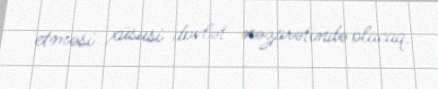
etməsi xüsusi dövlət nəzarətində olacaq.